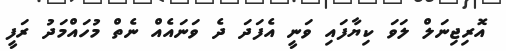
އޮރިޖިނަލް ލަވަ ކިޔާފައި ވަނީ އެފަދަ ދެ ވަނައެއް ނެތް މުހައްމަދު ރަފީ